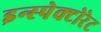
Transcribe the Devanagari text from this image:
इन्स्पेक्टोरेट